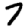
Digit: 7